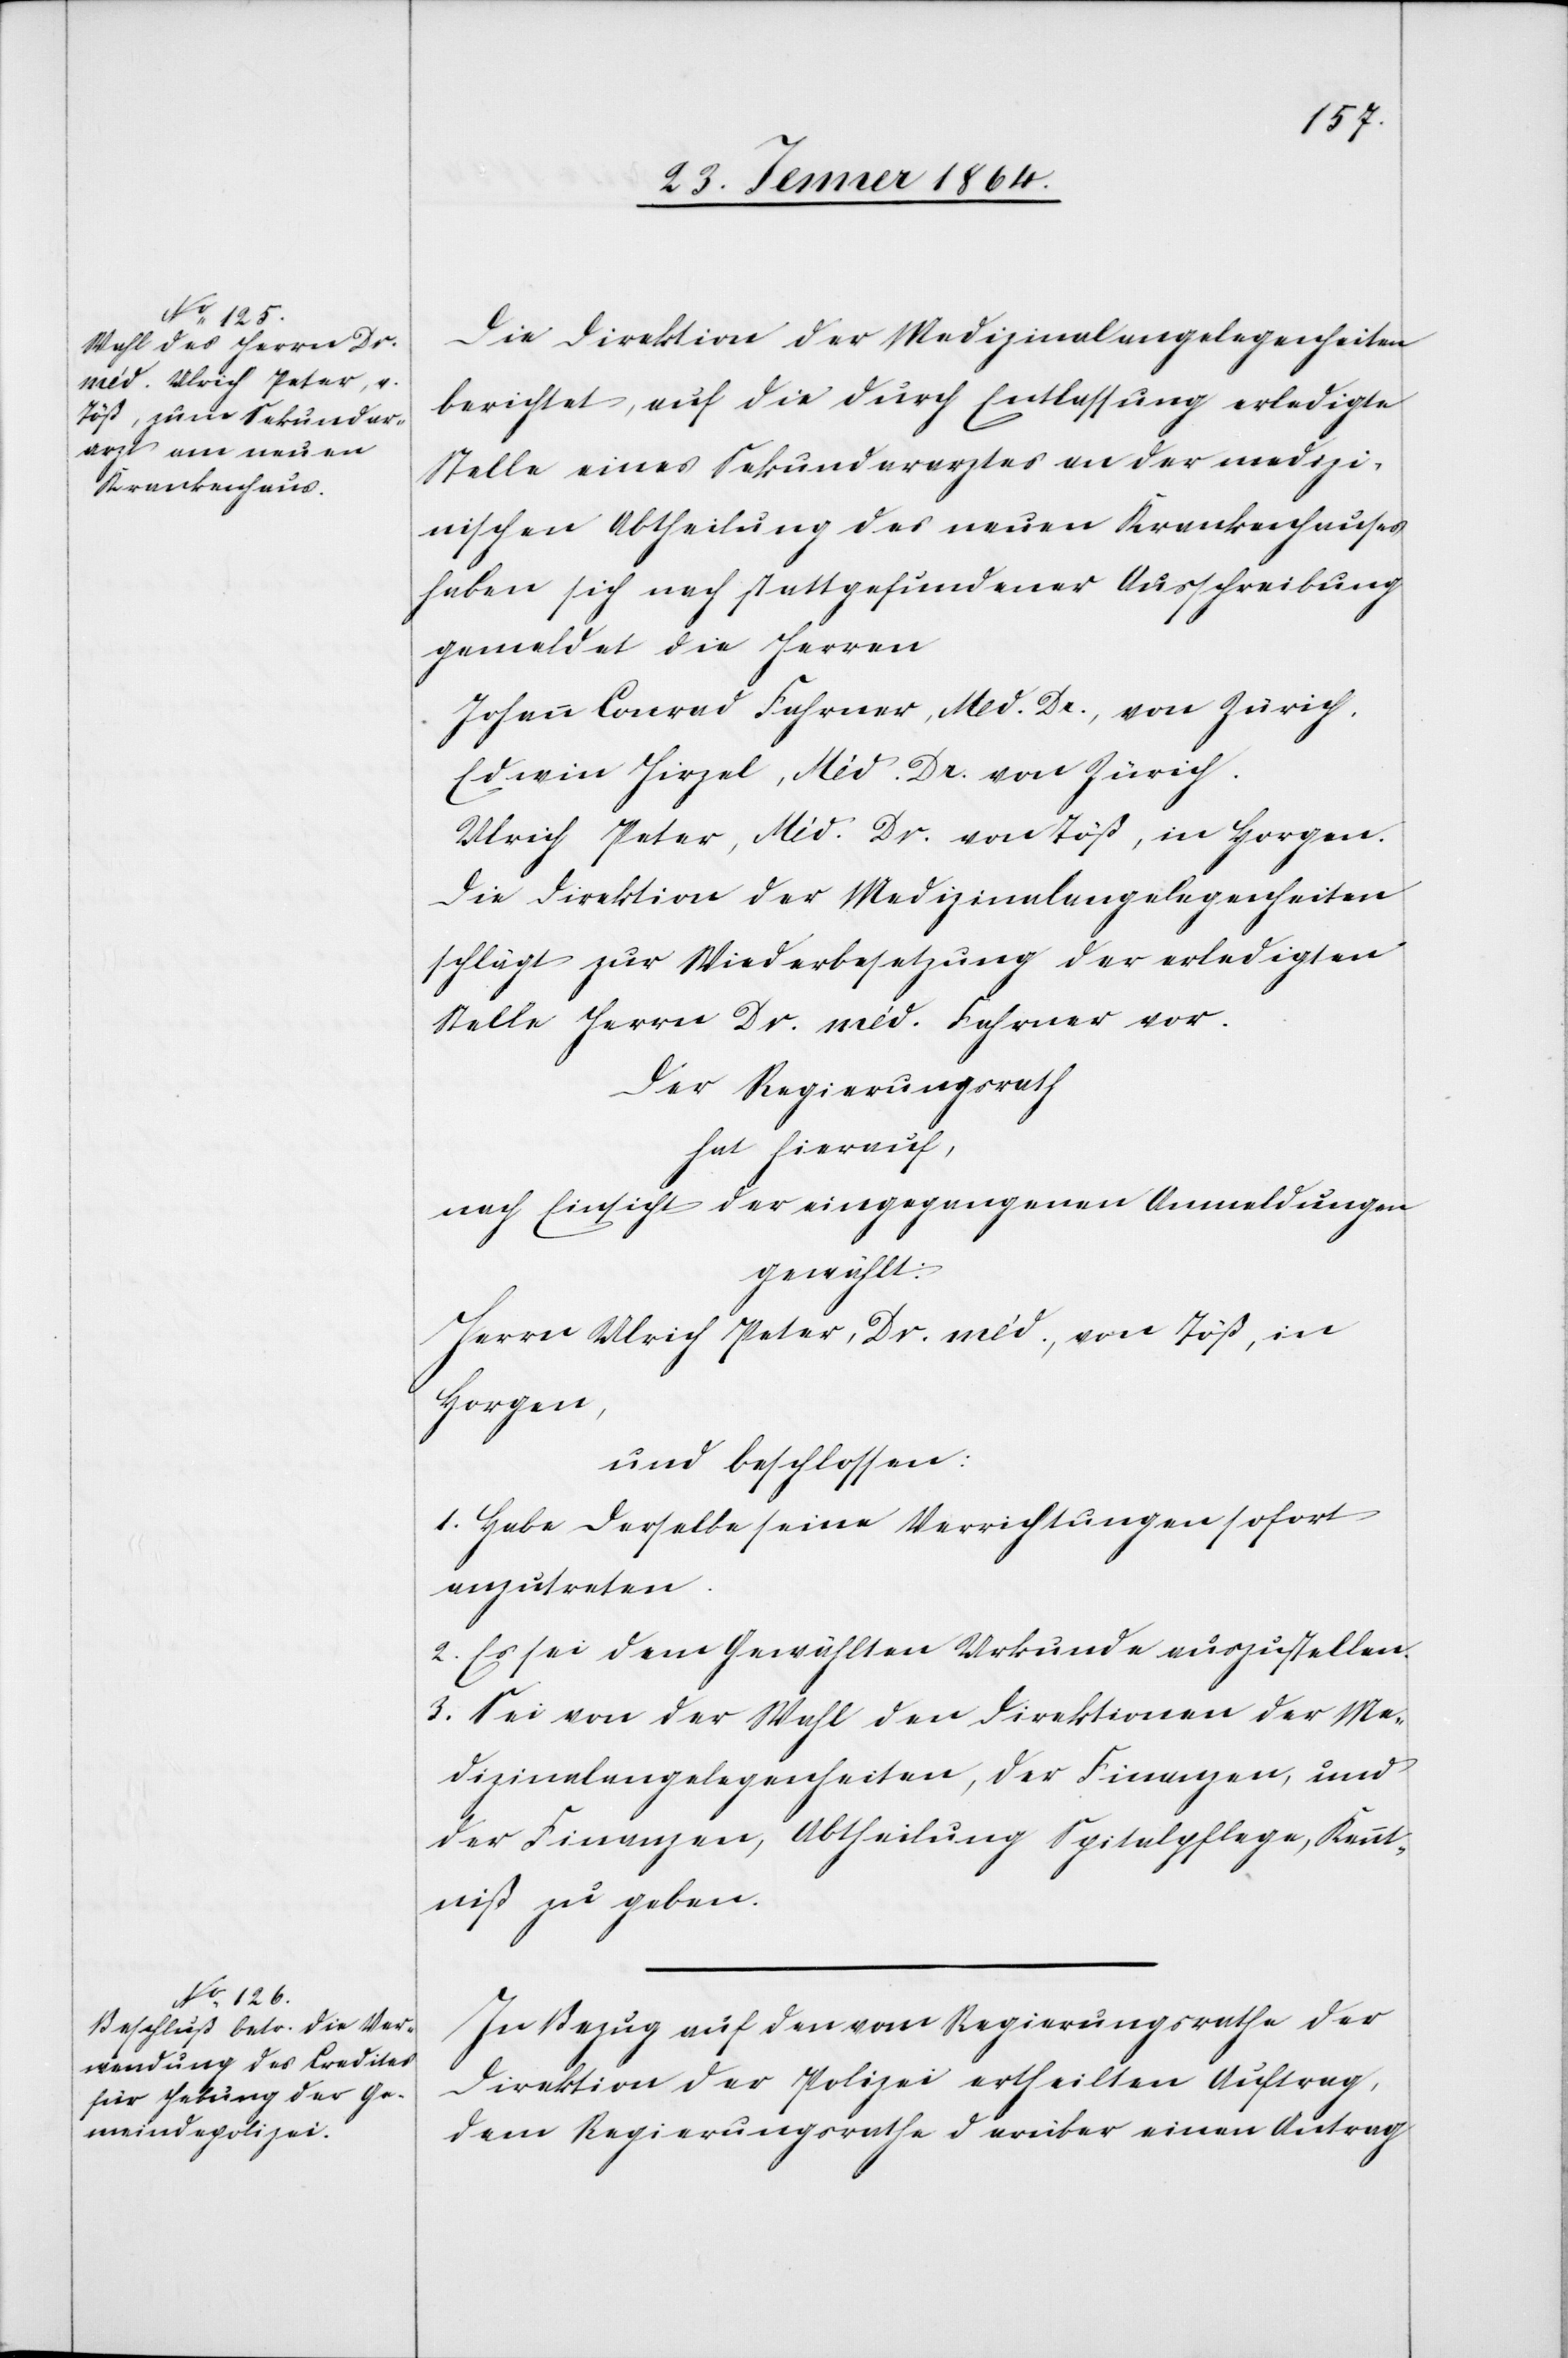
Die Direktion der Medizinalangelegenheiten
berichtet, auf die durch Entlassung erledigte
Stelle eines Sekundararztes an der medizi¬
nischen Abtheilung des neuen Krankenhauses
haben sich nach stattgefundener Ausschreibung
gemeldet die Herren
Johann Conrad Fahrner, Med. Dr., von Zürich.
Edwin Hirzel, Med. Dr. von Zürich.
Ulrich Peter, Med. Dr. von Töß, in Horgen.
Die Direktion der Medizinalangelegenheiten
schlägt zur Wiederbesetzung der erledigten
Stelle Herrn Dr. med. Fahrner vor.
Der Regierungsrath
hat hierauf,
nach Einsicht der eingegangenen Anmeldungen
gewählt:
Herrn Ulrich Peter, Dr. med., von Töß, in
Horgen
und beschlossen:
1. Habe derselbe seine Verrichtungen sofort
anzutreten.
2. Es sei dem Gewählten Urkunde auszustellen.
3. Sei von der Wahl den Direktionen der Me¬
dizinalangelegenheiten, der Finanzen, und
der Finanzen, Abtheilung Spitalpflege, Kennt¬
niß zu geben.
In Bezug auf den vom Regierungsrathe der
Direktion der Polizei ertheilten Auftrag,
dem Regierungsrathe darüber einen Antrag